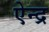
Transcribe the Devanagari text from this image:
ऐन्‍द्र